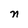
Character: n